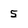
Character: 5